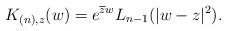
LaTeX: \begin{align*}K_{(n),z}(w)=e^{\overline{z}w} L_{n-1}(|w-z|^2).\end{align*}